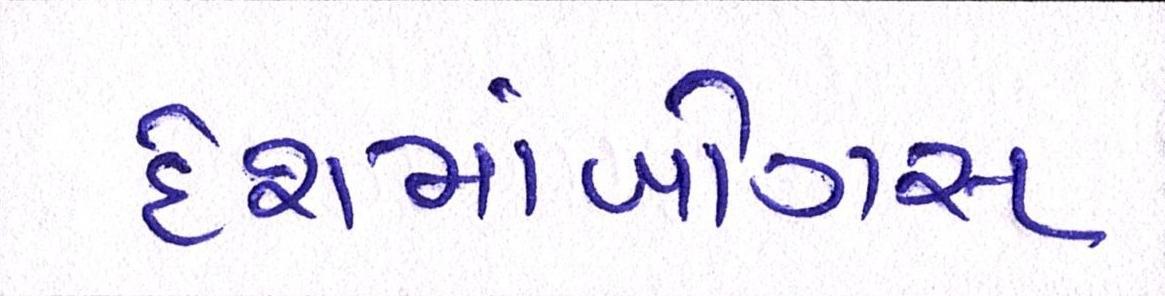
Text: દેશમાંબોગસ